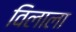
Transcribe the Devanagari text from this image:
विलाला